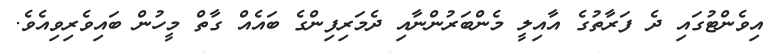
އިވެންޓުގައި ދެ ފަރާތުގެ އާއިލީ މެންބަރުންނާއި ދެމަރިފިންގެ ބައެއް ގާތް މީހުން ބައިވެރިވިއެވެ.